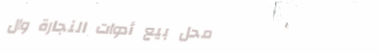
محل بيع أدوات النجارة وال